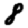
Digit: 8